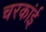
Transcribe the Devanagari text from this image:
चरकांई